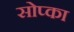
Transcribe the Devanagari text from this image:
सोप्का